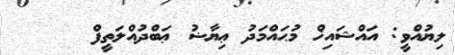
ލިޔުއްވީ: އައްޝައިޚް މުޙައްމަދު ޢިޔާޟު ޢަބްދުއްލަތީފް